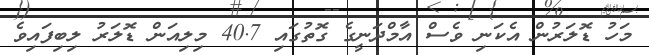
މަހު ޑޮލަރުން އެކަނި ވެސް އާމްދަނީގެ ގޮތުގައި 40.7 މިލިއަން ޑޮލަރު ލިބިފައިވެ